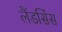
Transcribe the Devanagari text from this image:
लैंडसिंस